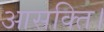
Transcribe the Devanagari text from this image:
आसक्ति।